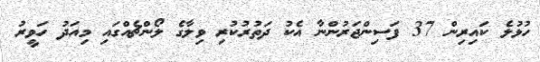
ހުޅުލެ ކައިރިން 37 ފަސިންޖަރުންނާ އެކު ދަތުރުކުރި ވިލާގެ ލޯންޗެއްގައި މިއަދު ހަވީރު